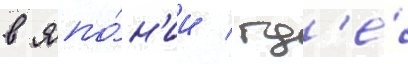
в япо́н'ии / гд'е́